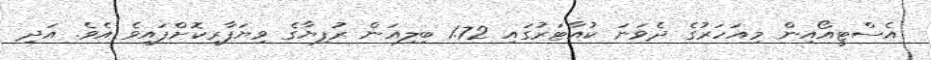
އެސްޓީއޯއިން މިއަހަރުގެ ދެވަނަ ކުއާޓަރުގައި 1.72 ބިލިއަން ރުފިޔާގެ ވިޔަފާރިކޮށްފައިވެ އެވެ. އަދި